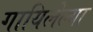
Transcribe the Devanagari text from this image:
गायिलेल्या